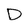
Character: D